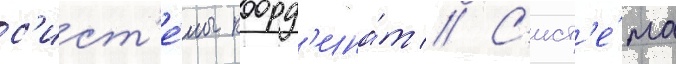
с'ист'е́мы коорд'ина́т // С'ист'е́ма